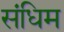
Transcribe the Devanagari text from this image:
संधिम